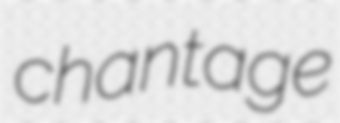
chantage